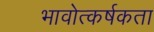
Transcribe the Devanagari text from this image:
भावोत्कर्षकता